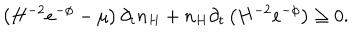
\left( H ^ { - 2 } e ^ { - \phi } - \mu \right) \partial _ { t } n _ { H } + n _ { H } \partial _ { t } \left( H ^ { - 2 } e ^ { - \phi } \right) \ge 0 .